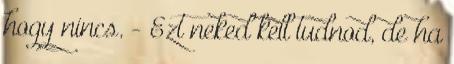
hogy nincs. - Ezt neked kell tudnod, de ha